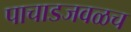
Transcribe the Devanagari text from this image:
पाचाडजवळच